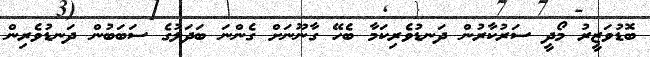
ބޮޑުވަޒީރު މޯދީ ސަރުކާރުން ދަނޑުވެރިކަމާ ބެހޭ ގާނޫނަށް ގެންނަ ބަދަލުގެ ސަބަބުން ދަނޑުވެރިން